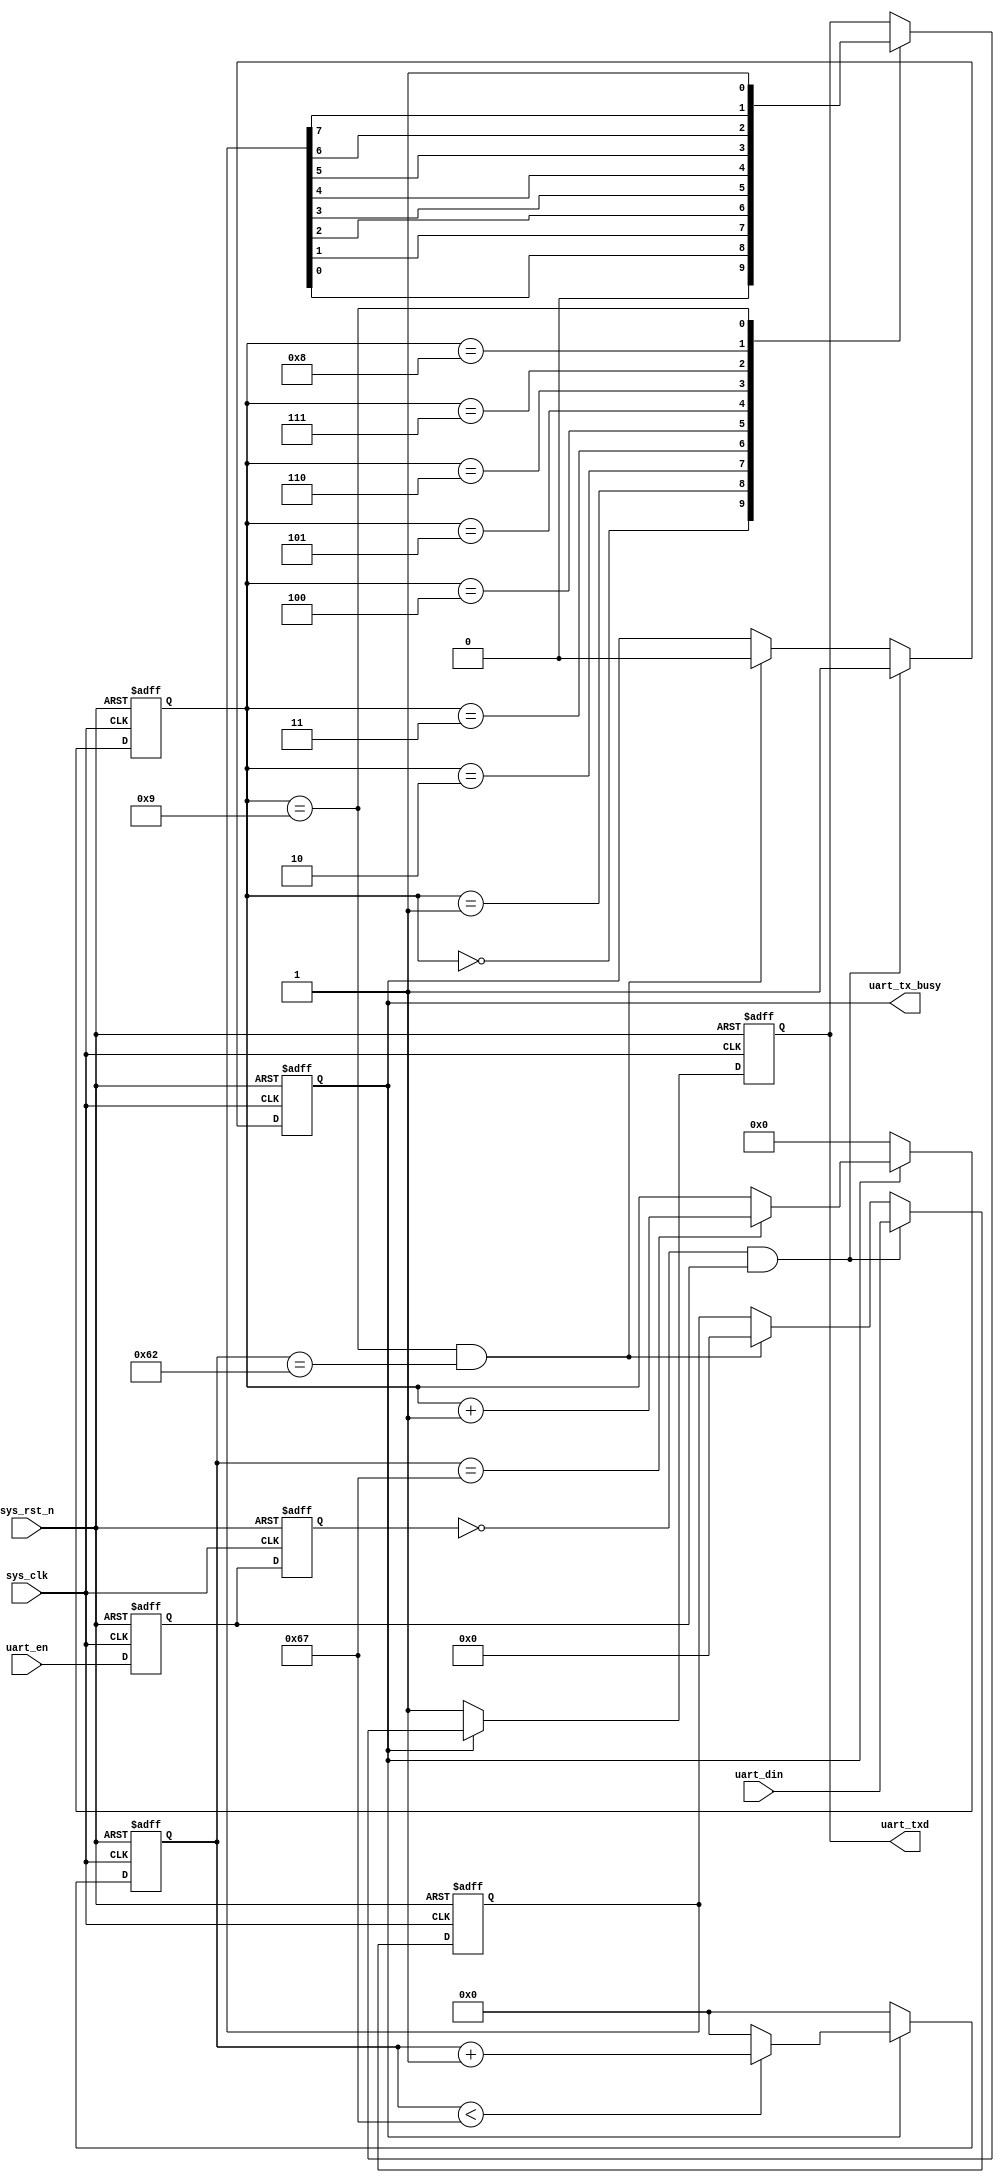
//****************************************Copyright (c)***********************************//
//??????????????www.yuanzige.com
//????????www.openedv.com
//????????http://openedv.taobao.com 
//????????????????"???????"???????ZYNQ & FPGA & STM32 & LINUX?????
//???????????????
//Copyright(C) ??????? 2018-2028
//All rights reserved	                               
//----------------------------------------------------------------------------------------
// File name:           uart_send
// Last modified Date:  2019/10/9 10:07:36
// Last Version:        V1.1
// Descriptions:        UART??????????
//----------------------------------------------------------------------------------------
// Created by:          ???????
// Created date:        2019/10/9 10:07:36
// Version:             V1.0
// Descriptions:        The original version
//
//----------------------------------------------------------------------------------------
//****************************************************************************************//

module uart_send(
    input	      sys_clk,                  //?????
    input         sys_rst_n,                //????????????
    
    input         uart_en,                  //??????????
    input  [7:0]  uart_din,                 //??????????
    output        uart_tx_busy,             //??????????      
    output  reg   uart_txd                  //UART??????
    );
    
//parameter define
parameter  CLK_FREQ = 12000000;            //????????
parameter  UART_BPS = 115200;                //?????????
localparam  BPS_CNT  = CLK_FREQ/UART_BPS;   //????????????????????????BPS_CNT??

//reg define
reg        uart_en_d0; 
reg        uart_en_d1;  
reg [15:0] clk_cnt;                         //??????????
reg [ 3:0] tx_cnt;                          //?????????????
reg        tx_flag;                         //????????????
reg [ 7:0] tx_data;                         //??M??????

//wire define
wire       en_flag;

//*****************************************************
//**                    main code
//*****************************************************
//?????????????????????
assign uart_tx_busy = tx_flag;

//????uart_en????????????????????????????
assign en_flag = (~uart_en_d1) & uart_en_d0;

//???????????uart_en??????????????
always @(posedge sys_clk or negedge sys_rst_n) begin         
    if (!sys_rst_n) begin
        uart_en_d0 <= 1'b0;                                  
        uart_en_d1 <= 1'b0;
    end                                                      
    else begin                                               
        uart_en_d0 <= uart_en;                               
        uart_en_d1 <= uart_en_d0;                            
    end
end

//?????????en_flag?????,?????????????????????????          
always @(posedge sys_clk or negedge sys_rst_n) begin         
    if (!sys_rst_n) begin                                  
        tx_flag <= 1'b0;
        tx_data <= 8'd0;
    end 
    else if (en_flag) begin                 //????????????????                      
            tx_flag <= 1'b1;                //?????????????tx_flag????
            tx_data <= uart_din;            //?????????????
        end
                                            //????????????????????????
        else if ((tx_cnt == 4'd9) && (clk_cnt == BPS_CNT -(BPS_CNT/16))) begin                                       
            tx_flag <= 1'b0;                //???????????????tx_flag????
            tx_data <= 8'd0;
        end
        else begin
            tx_flag <= tx_flag;
            tx_data <= tx_data;
        end 
end

//????????????????????????
always @(posedge sys_clk or negedge sys_rst_n) begin         
    if (!sys_rst_n)                             
        clk_cnt <= 16'd0;                                  
    else if (tx_flag) begin                 //??????????
        if (clk_cnt < BPS_CNT - 1)
            clk_cnt <= clk_cnt + 1'b1;
        else
            clk_cnt <= 16'd0;               //??????????????????????????????
    end
    else                             
        clk_cnt <= 16'd0; 				    //??????????
end

//???????????????????????????
always @(posedge sys_clk or negedge sys_rst_n) begin         
    if (!sys_rst_n)                             
        tx_cnt <= 4'd0;
    else if (tx_flag) begin                 //??????????
        if (clk_cnt == BPS_CNT - 1)			//?????????????????????????
            tx_cnt <= tx_cnt + 1'b1;		//??????????????????1
        else
            tx_cnt <= tx_cnt;       
    end
    else                              
        tx_cnt  <= 4'd0;				    //??????????
end

//????????????????????uart????????
always @(posedge sys_clk or negedge sys_rst_n) begin        
    if (!sys_rst_n)  
        uart_txd <= 1'b1;        
    else if (tx_flag)
        case(tx_cnt)
            4'd0: uart_txd <= 1'b0;         //??? 
            4'd1: uart_txd <= tx_data[0];   //???????
            4'd2: uart_txd <= tx_data[1];
            4'd3: uart_txd <= tx_data[2];
            4'd4: uart_txd <= tx_data[3];
            4'd5: uart_txd <= tx_data[4];
            4'd6: uart_txd <= tx_data[5];
            4'd7: uart_txd <= tx_data[6];
            4'd8: uart_txd <= tx_data[7];   //???????
            4'd9: uart_txd <= 1'b1;         //??
            default: ;
        endcase
    else 
        uart_txd <= 1'b1;                   //????????????????
end

endmodule